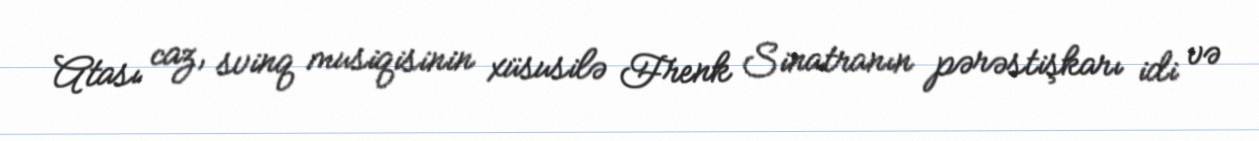
Atası caz, svinq musiqisinin xüsusilə Frenk Sinatranın pərəstişkarı idi və